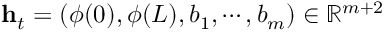
\mathbf { h } _ { t } = ( \phi ( 0 ) , \phi ( L ) , b _ { 1 } , \cdots , b _ { m } ) \in \mathbb { R } ^ { m + 2 }